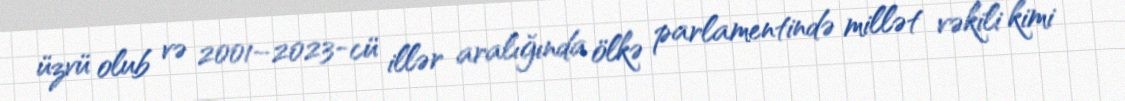
üzvü olub və 2001–2023-cü illər aralığında ölkə parlamentində millət vəkili kimi